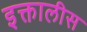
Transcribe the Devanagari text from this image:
इक्तालीस